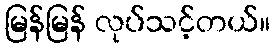
မြန်မြန် လုပ်သင့်တယ်။